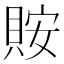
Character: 𧵨